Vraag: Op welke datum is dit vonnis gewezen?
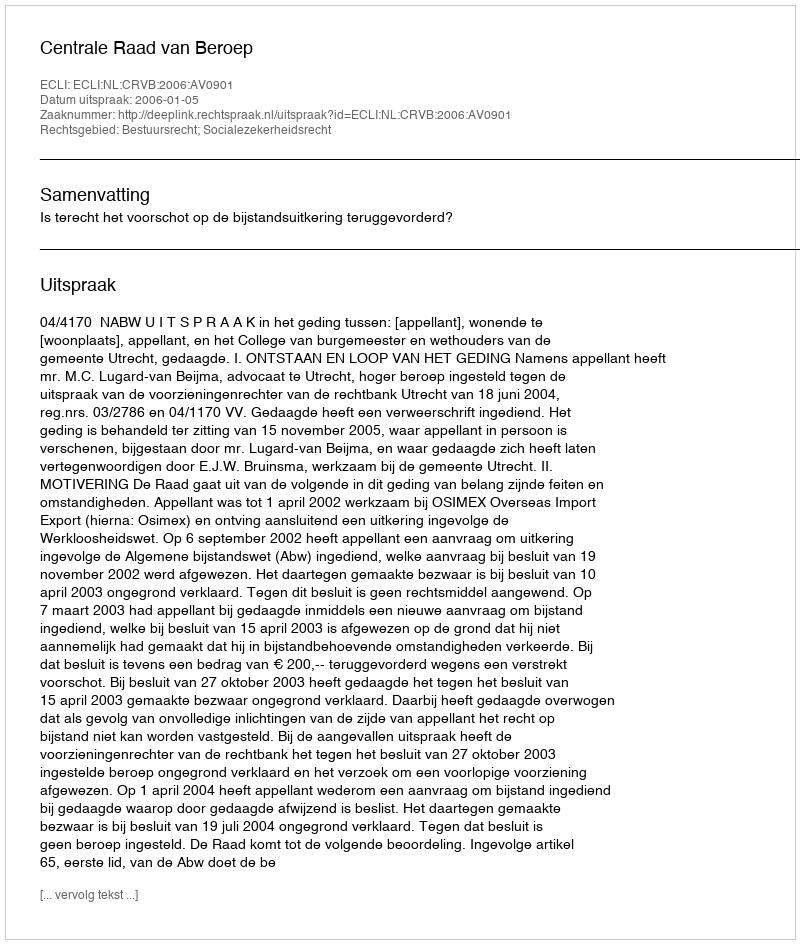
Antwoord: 2006-01-05